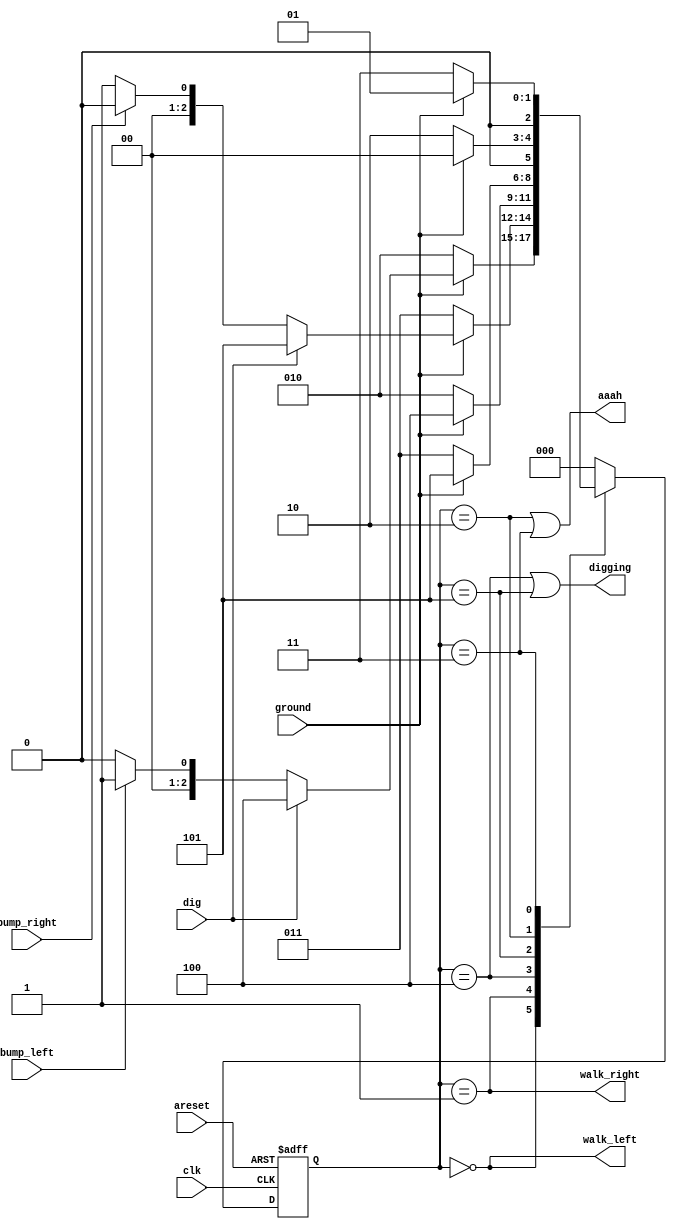
module top_module(
    input clk,
    input areset,    // Freshly brainwashed Lemmings walk left.
    input bump_left,
    input bump_right,
    input ground,
    input dig,
    output walk_left,
    output walk_right,
    output aaah,
    output digging ); 
    
    parameter LEFT = 3'd0;
    parameter RIGHT = 3'd1;
    parameter FALL_L = 3'd2;
    parameter FALL_R = 3'd3;
    parameter DIG_L = 3'd4;
    parameter DIG_R = 3'd5;
    
    reg [2:0] state, next_state;
    
    always @(*) begin
        case (state)
            LEFT: begin
                if (~ground)
                    next_state = FALL_L;
                else if (dig)
                    next_state = DIG_L;
                else if (bump_left)
                    next_state = RIGHT;
                else
                    next_state = LEFT;
            end
            RIGHT: begin
                if (~ground)
                    next_state = FALL_R;
                else if (dig)
                    next_state = DIG_R;
                else if (bump_right)
                    next_state = LEFT;
                else
                    next_state = RIGHT;
            end
            DIG_L: next_state = ground? DIG_L : FALL_L;
            DIG_R: next_state = ground? DIG_R : FALL_R;
            FALL_L: next_state = ground? LEFT : FALL_L;
            FALL_R: next_state = ground? RIGHT : FALL_R;
            default: next_state = LEFT;
        endcase
    end
    
    always @(posedge clk or posedge areset) begin
        if (areset)
            state <= LEFT;
        else
            state <= next_state;
    end
    
    assign walk_left = state == LEFT;
    assign walk_right = state == RIGHT;
    assign aaah = (state == FALL_L) | (state == FALL_R);
    assign digging = (state == DIG_L) | (state == DIG_R);
            
endmodule